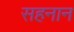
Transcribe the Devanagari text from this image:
सहनान